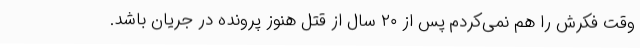
وقت فکرش را هم نمی‌کردم پس از ۲۰ سال از قتل هنوز پرونده در جریان باشد.